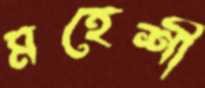
মহেশী